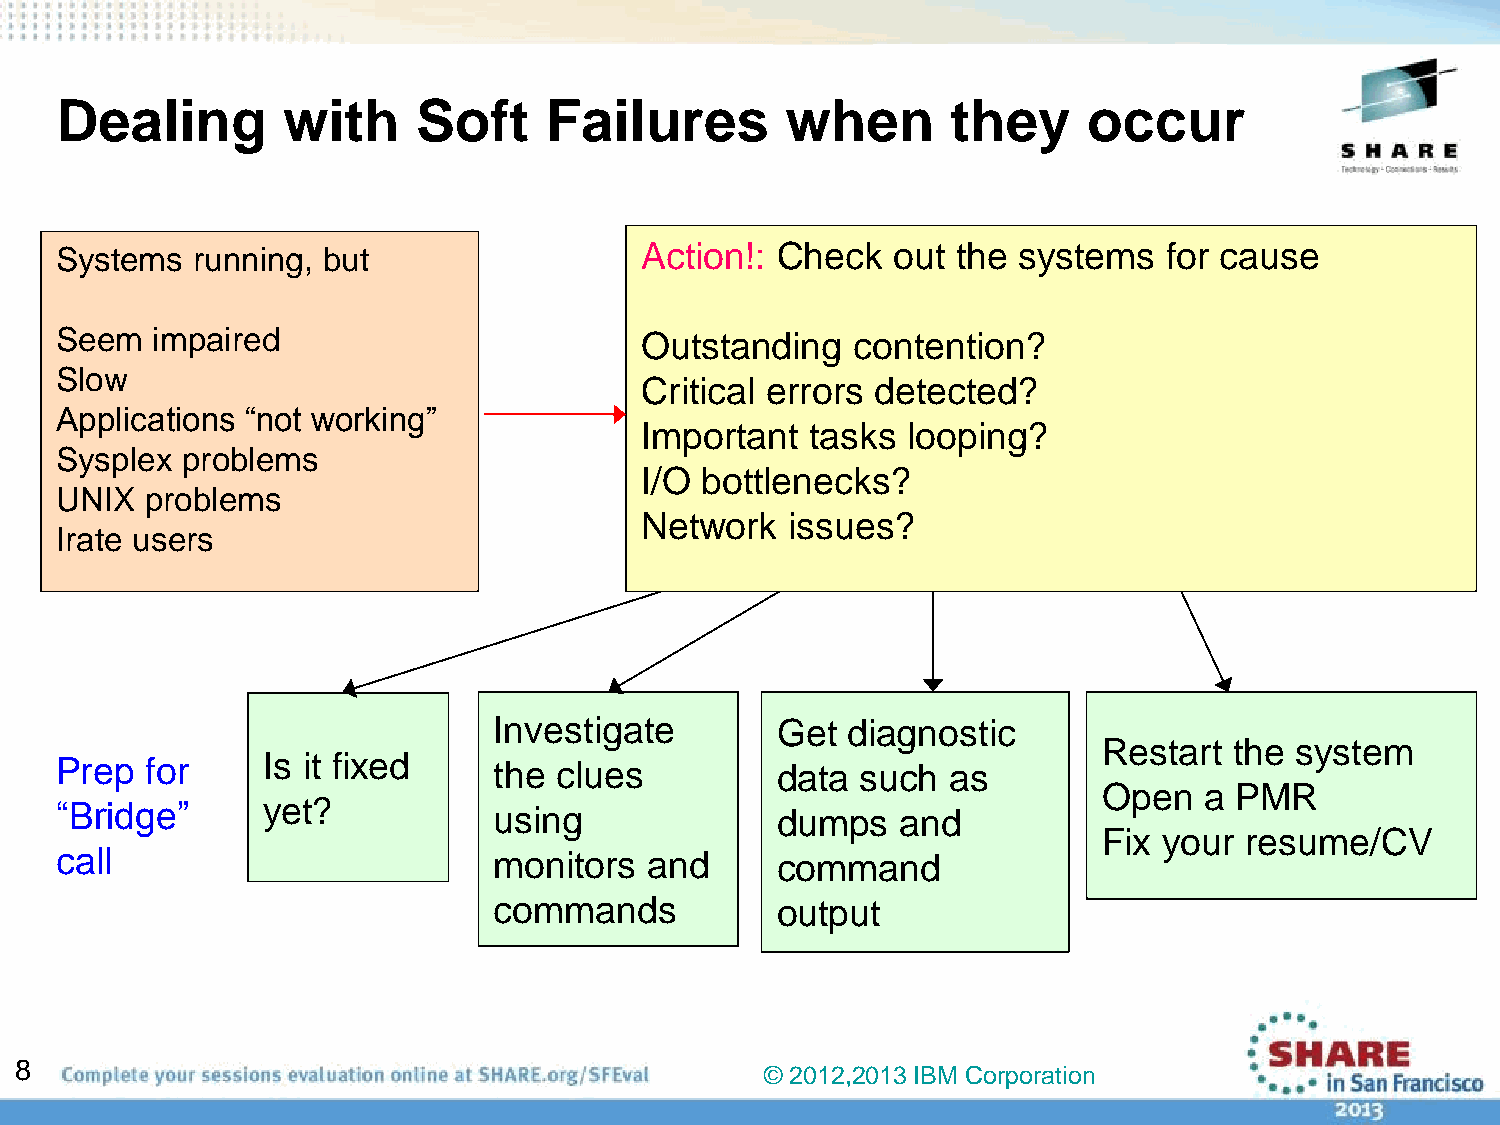
Dealing        with     Soft    Failures        when       they     occur
 Systems  running, but                 Action!: Check   out the systems   for cause
 Seem  impaired                        Outstanding    contention?
 Slow
 Critical errors detected?
 Applications “not working”
 Important   tasks looping?
 Sysplex problems
 I/O bottlenecks?
 UNIX  problems
 Network   issues?
 Irate users
 Investigate       Get  diagnostic
 Restart  the system
 Prep  for    Is it fixed     the clues         data  such  as
 Open   a PMR
 “Bridge”     yet?            using             dumps    and
 Fix your resume/CV
 call                         monitors  and     command
 commands          output
 8
 © 2012,2013 IBM Corporation